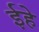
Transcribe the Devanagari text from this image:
ईहे